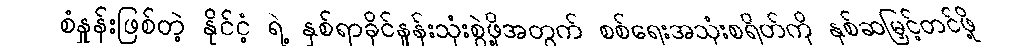
စံနှုန်းဖြစ်တဲ့ နိုင်ငံ့ ရဲ့ နှစ်ရာခိုင်နှုန်းသုံးစွဲဖို့အတွက် စစ်ရေးအသုံးစရိတ်ကို နှစ်ဆမြှင့်တင်ဖို့